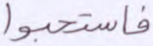
فاستحبوا